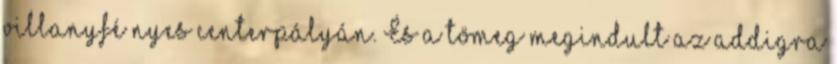
villanyfé­ nyes centerpályán. És a tömeg megindult az addigra